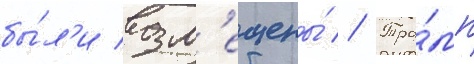
бы́л'и возм'ещены́ // Тра́мп